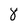
Character: 8